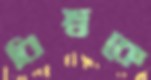
বিশ্বকে